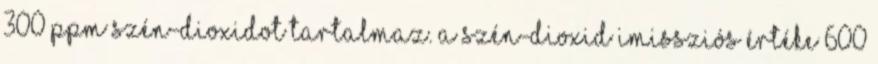
300 ppm szén-dioxidot tartalmaz. A szén-dioxid imissziós értéke 600